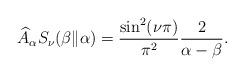
LaTeX: \begin{align*}&{\widehat A}_\alpha S_{\nu}(\beta\Vert\alpha)=\frac{\sin ^2 (\nu \pi)}{\pi ^2}\frac{2}{\alpha-\beta}.\end{align*}